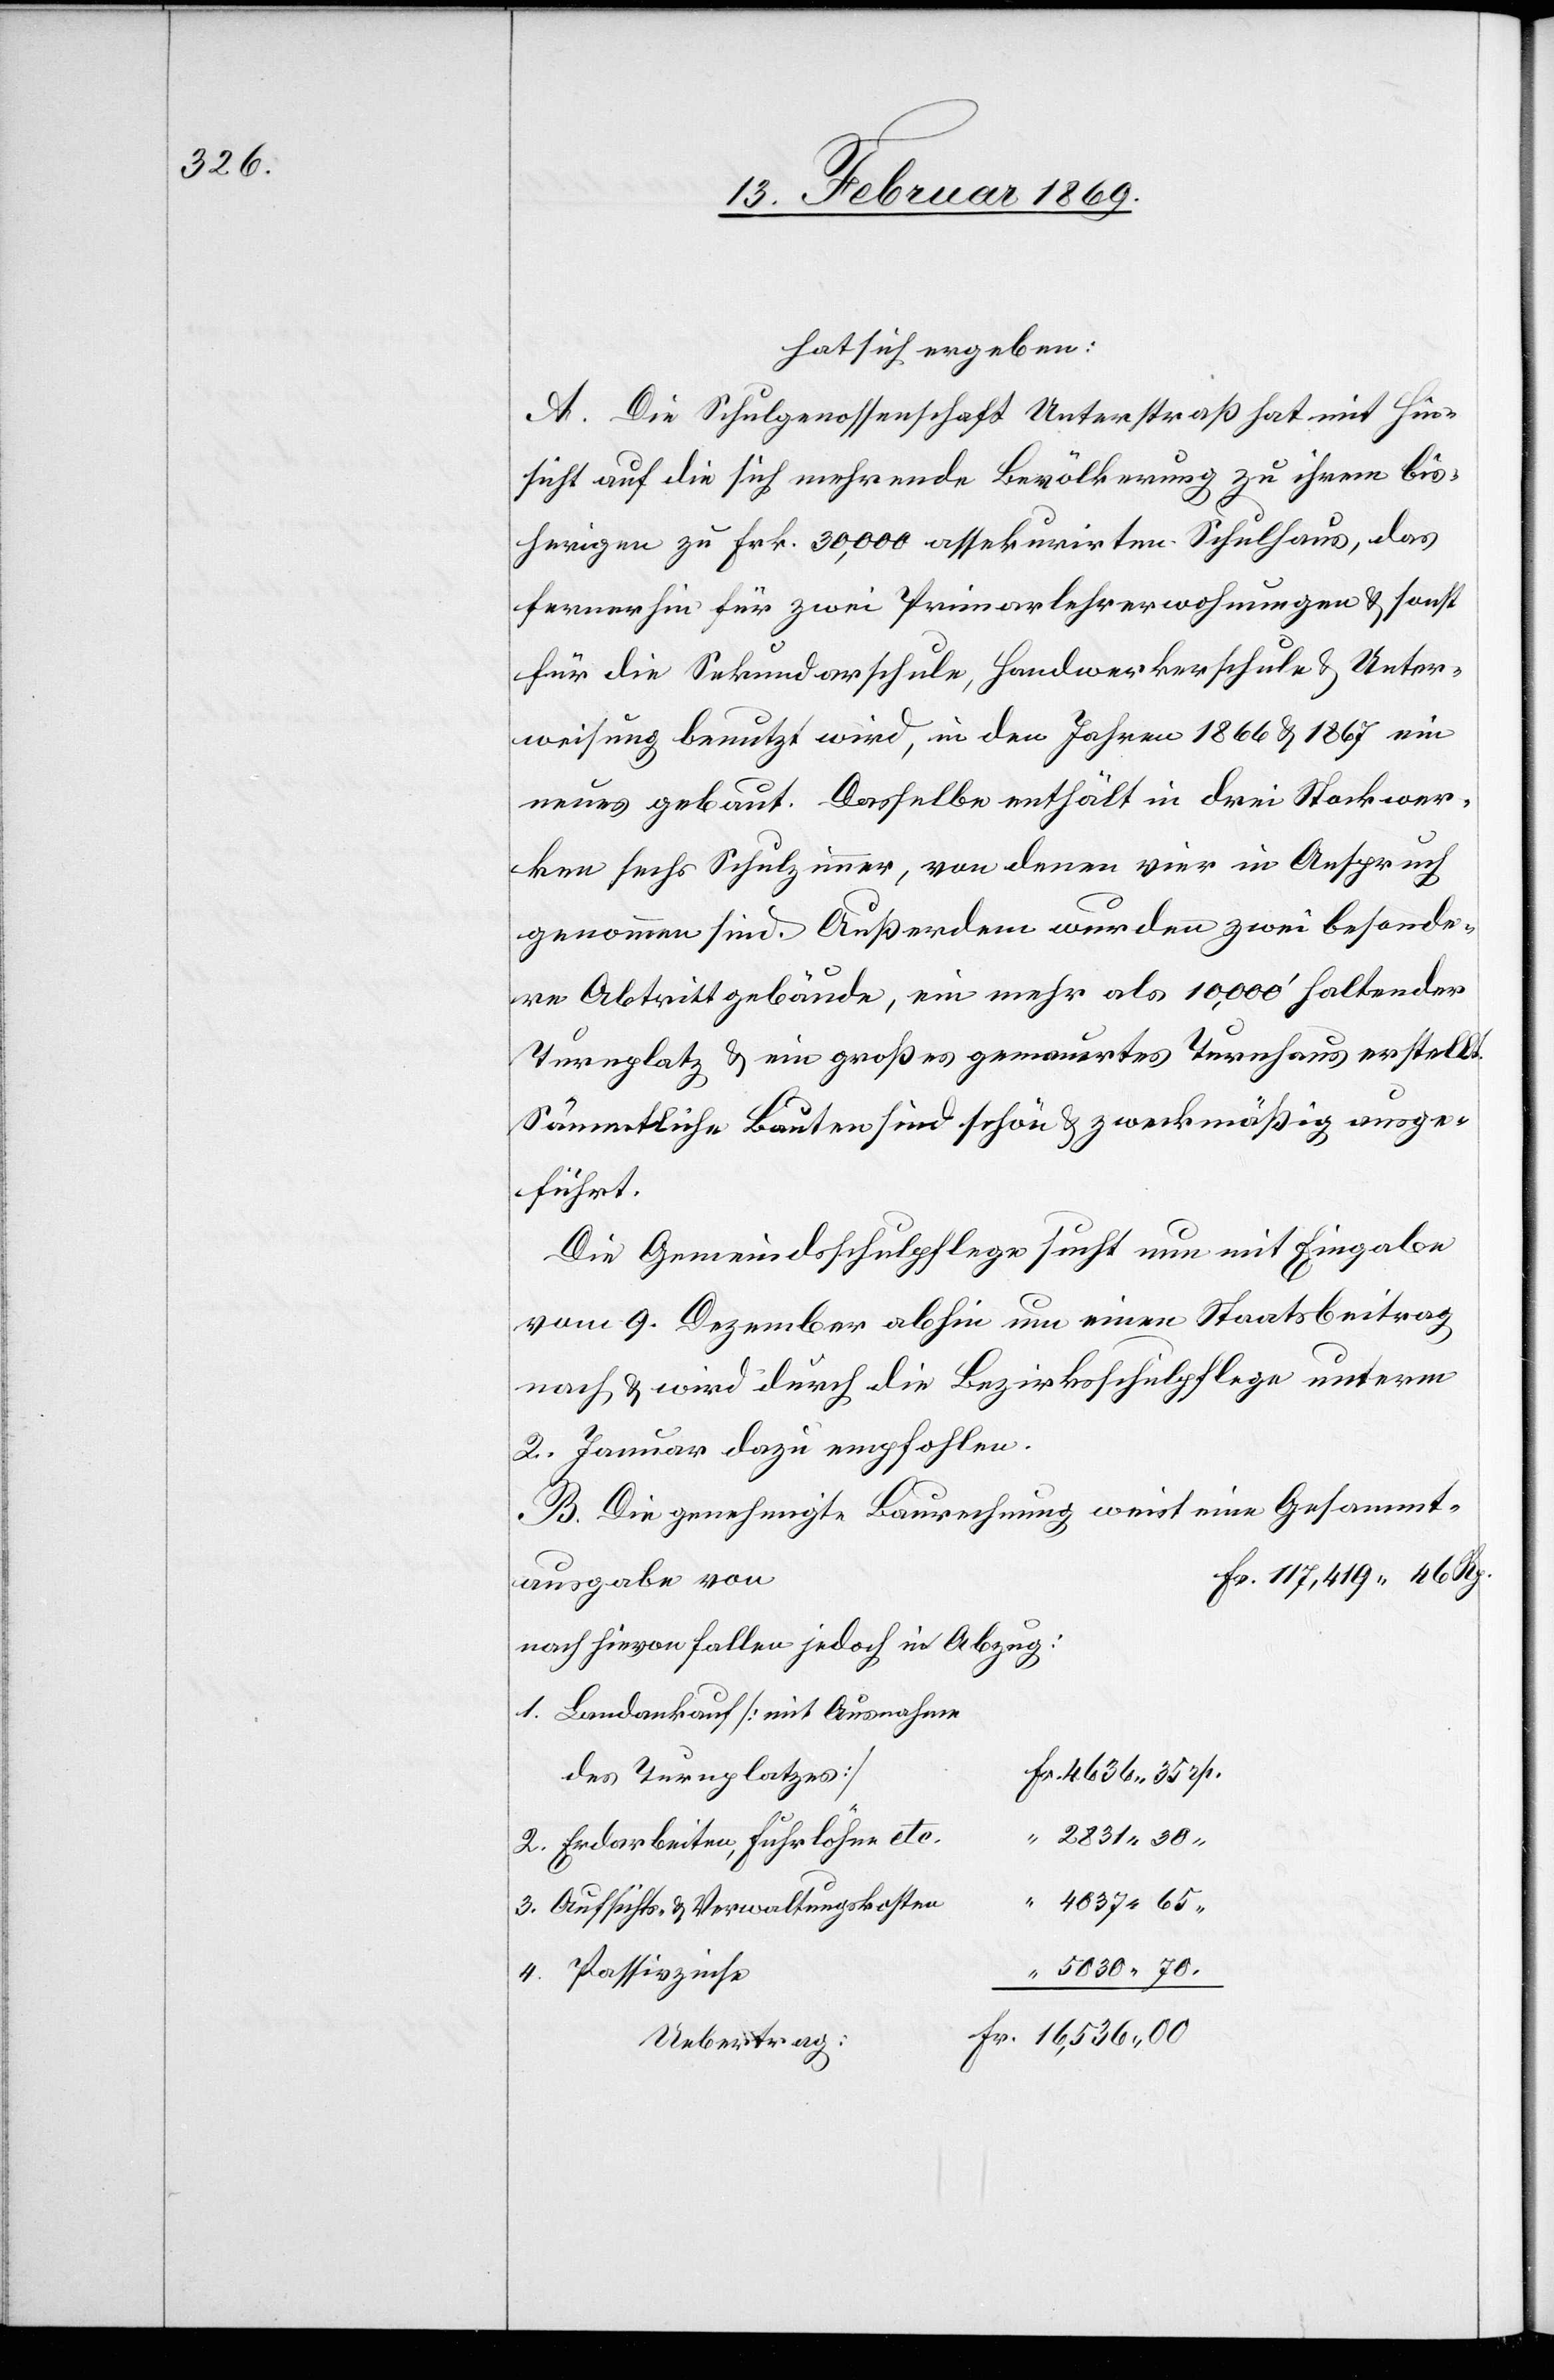
hat sich ergeben:
A. Die Schulgenossenschaft Unterstraß hat mit Hin¬
sicht auf die sich mehrende Bevölkerung zu ihrem bis¬
herigen zu Frk. 30,000 assekurirten Schulhaus, das
fernerhin für zwei Primarlehrerwohnungen u. sonst
für die Sekundarschule, Handwerkerschule u. Unter¬
weisung benutzt wird, in den Jahren 1866 u. 1867 ein
neues gebaut. Dasselbe enthält in drei Stockwer¬
ken sechs Schulzimmer, von denen vier in Anspruch
genommen sind. Außerdem wurden zwei besonde¬
re Abtrittgebäude, ein mehr als 10,000’ haltender
Turnplatz u. ein großes gemauertes Turmhaus erstellt.
Sämmtliche Bauten sind schön u. zweckmäßig ausge¬
führt.
Die Gemeindsschulpflege sucht nun mit Eingabe
vom 9. Dezember abhin um einen Staatsbeitrag
nach u. wird durch die Bezirksschulpflege unterm
2. Januar dazu empfohlen.
B. Die genehmigte Baurechnung weist eine Gesammt¬
Fr. 117,419.46 Rp.
ausgabe von
nach hievon fallen jedoch in Abzug:
1. Landankauf [mit Ausnahme
r. 4636.35 rp.
des Turnplatzes]		F¬
2. Erdarbeiten, Fuhrlöhne
4037.65
3. Aufsichts- u. Verwaltungskosten